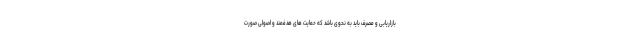
بازاریابی و مصرف باید به نحوی باشد که حمایت های هدفمند و اصولی صورت